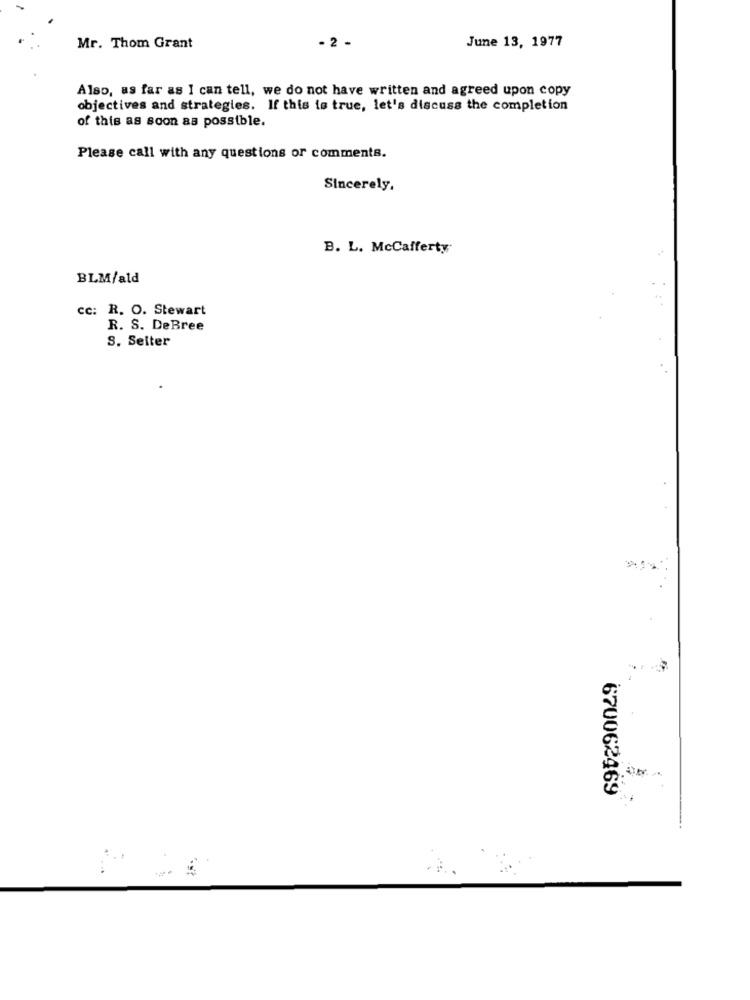
- 2 -
June 13, 1977
Mr. Thom Grant
Also, as far as I can tell, we do not have written and agreed upon copy
objectives and strategies. If this is true, let's discuss the completion
of this as soon as possible.
Please call with any questions or comments.
Sincerely,
B. L. McCafferty
BLM/ald
cc: R. O. Stewart
R. S. DeBree
S. Seiter
670062469